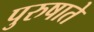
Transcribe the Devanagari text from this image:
पुरुषाते